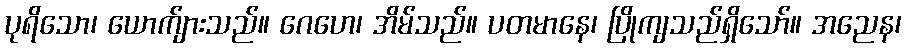
ပုရိသော၊ ယောက်ျားသည်။ ဂေဟေ၊ အိမ်သည်။ ပတမာနေ၊ ပြိုကျသည်ရှိသော်။ အညေန၊